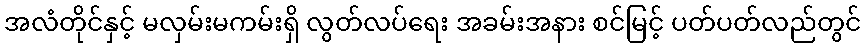
အလံတိုင်နှင့် မလှမ်းမကမ်းရှိ လွတ်လပ်ရေး အခမ်းအနား စင်မြင့် ပတ်ပတ်လည်တွင်